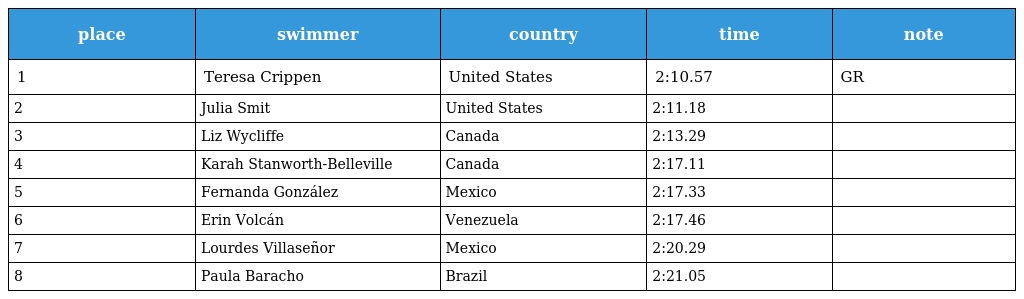
| place | swimmer | country | time | note |
 | --- | --- | --- | --- | --- |
 | 1 | Teresa Crippen | United States | 2:10.57 | GR |
 | 2 | Julia Smit | United States | 2:11.18 |  |
 | 3 | Liz Wycliffe | Canada | 2:13.29 |  |
 | 4 | Karah Stanworth-Belleville | Canada | 2:17.11 |  |
 | 5 | Fernanda González | Mexico | 2:17.33 |  |
 | 6 | Erin Volcán | Venezuela | 2:17.46 |  |
 | 7 | Lourdes Villaseñor | Mexico | 2:20.29 |  |
 | 8 | Paula Baracho | Brazil | 2:21.05 |  |